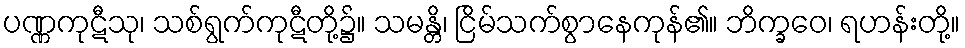
ပဏ္ဏကုဋီသု၊ သစ်ရွက်ကုဋီတို့၌။ သမန္တိ၊ ငြိမ်သက်စွာနေကုန်၏။ ဘိက္ခဝေ၊ ရဟန်းတို့။